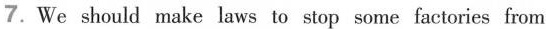
7.We should make laws to stop some factories from